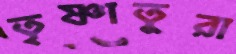
তৃষ্ণাতুরা